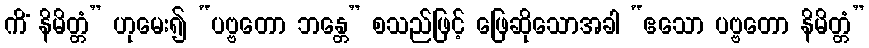
ကိံ နိမိတ္တံ” ဟုမေး၍ “ပဗ္ဗတော ဘန္တေ” စသည်ဖြင့် ဖြေဆိုသောအခါ “ဧသော ပဗ္ဗတော နိမိတ္တံ”